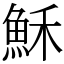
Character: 穌